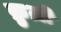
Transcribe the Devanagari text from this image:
क्रुज़ी